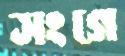
সংগে